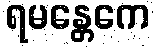
ရမန္တေကေ